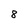
Character: 8